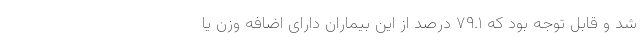
شد و قابل توجه بود که ۷۹.۱ درصد از این بیماران دارای اضافه وزن یا